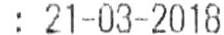
: 21-03-2018